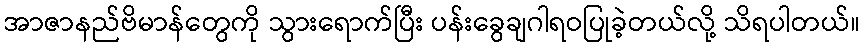
အာဇာနည်ဗိမာန်တွေကို သွားရောက်ပြီး ပန်းခွေချဂါရဝပြုခဲ့တယ်လို့ သိရပါတယ်။